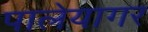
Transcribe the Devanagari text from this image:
पालेयागर